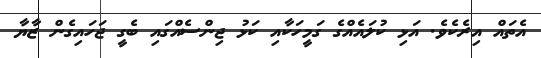
އެތައް އިރެކެވެ. އަޅި ކުލައެއްގެ ގަމީހަކާއި ކަޅު ޖިންސެއްގައި ބެގީ ޖަހައިގެން ޒާޔާ